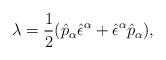
LaTeX: \begin{align*}\lambda = \frac{1}{2}(\hat{p}_{\alpha} \hat{\epsilon}^{\alpha} + \hat{\epsilon}^{\alpha} \hat{p}_{\alpha} ),\end{align*}